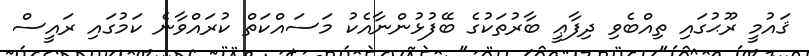
ޤައުމީ ރޫޙުގައި ތިއްބެވި ދިފާޢީ ބާރުތަކުގެ ބޭފުޅުންނާއެކު މަސައްކަތް ކުރައްވާނެ ކަމުގައި ރައީސް